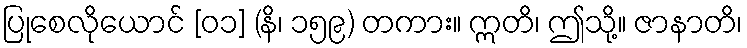
ပြုစေလိုယောင် [၀၁] (နိ၊ ၁၅၉) တကား။ ဣတိ၊ ဤသို့။ ဇာနာတိ၊